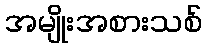
အမျိုးအစားသစ်